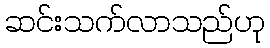
ဆင်းသက်လာသည်ဟု